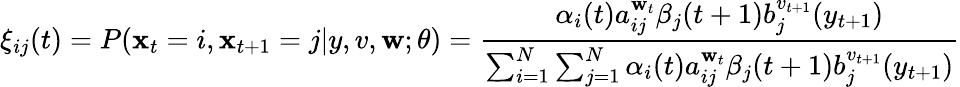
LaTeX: \xi_{ij}(t)=P(\mathbf{x}_{t}=i,\mathbf{x}_{t+1}=j|y,v,\mathbf{w};\theta)={\frac{{\alpha_{i}(t)a_{ij}^{\mathbf{w}_{t}}\beta_{j}(t+1)b_{j}^{v_{t+1}}(y_{t+1})}}{{\sum_{i=1}^{N}\sum_{j=1}^{N}\alpha_{i}(t)a_{ij}^{\mathbf{w}_{t}}\beta_{j}(t+1)b_{j}^{v_{t+1}}(y_{t+1})}}}